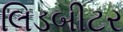
લિડબીટર